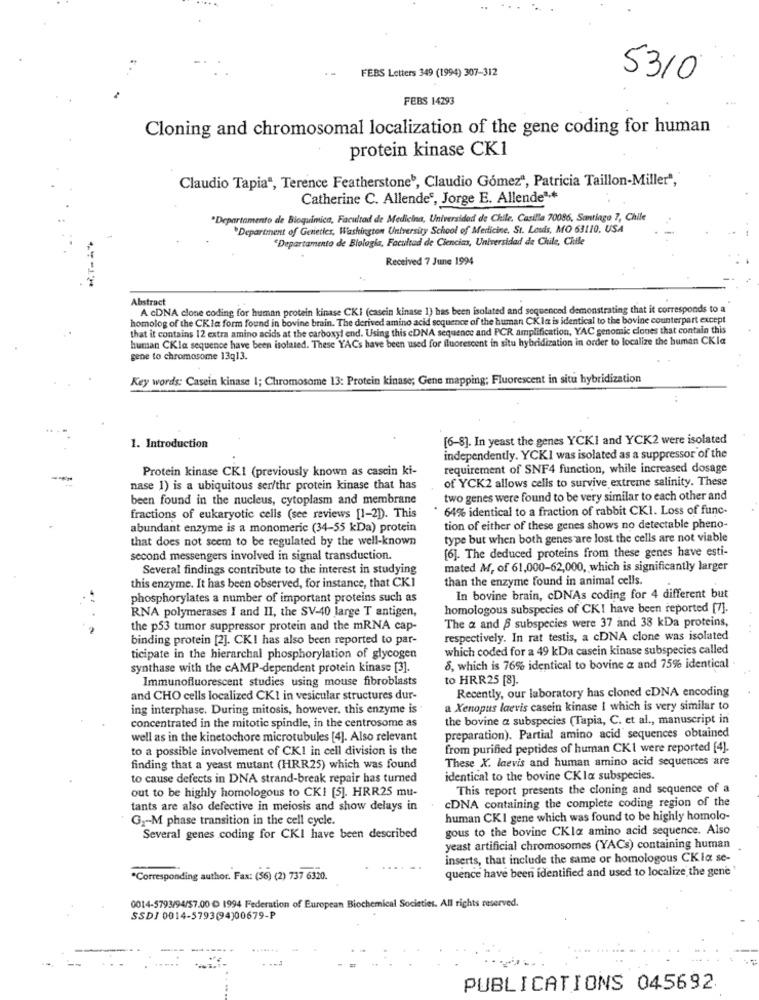
FERS Letters 349 (1994) 307-312
5310
FEBS 14293
Cloning and chromosomal localization of the gene coding for human
protein kinase CK1
Claudio Tapiaª, Terence Featherstoneb, Claudio Gómez", Patricia Taillon-Miller",
Catherine C. Allendes, Jorge E. Allende2.
"Departamento de Bioquimica, Facultad de Medicina, Universidad de Chile. Casilla 70086, Santiago 7, Chile
*Department of Genetics, Washington University School of Medicine. St. Louis, MO 63110, USA
"Departamento de Biologia, Facultad de Ciencias, Universidad de Chile, Chile
Received 7 June 1994
Abstract
A cDNA clone coding for human protein kinase CKI (casein kinase 1) has been isolated and sequenced demonstrating that it corresponds to a
homolog of the CK la form found in bovine brain. The derived amino acid sequence of the human CK la is identical to the bovine counterpart except
that it contains 12 extra amino acids at the carboxyl end. Using this cDNA sequence and PCR amplification, YAC genomic clones that contain this
human CKla sequence have been isolated. These YACs have been used for fluorescent in situ hybridization in order to localize the human CKla
gene to chromosome 13g13.
Key words: Casein kinase 1; Chromosome 13: Protein kinase; Gene mapping; Fluorescent in situ hybridization
[6-8]. In yeast the genes YCKI and YCK2 were isolated
1. Introduction
independently. YCKI was isolated as a suppressor of the
Protein kinase CK1 (previously known as cascin ki-
requirement of SNF4 function, while increased dosage
of YCK2 allows cells to survive extreme salinity. These
nase 1) is a ubiquitous ser/thr protein kinase that has
been found in the nucleus, cytoplasm and membrane
two genes were found to be very similar to each other and
64% identical to a fraction of rabbit CK1. Loss of func-
fractions of eukaryotic cells (see reviews [1-2]). This
abundant enzyme is a monomeric (34-55 kDa) protein
tion of either of these genes shows no detectable pheno-
that does not seem to be regulated by the well-known
type but when both genes are lost the cells are not viable
second messengers involved in signal transduction.
[6]. The deduced proteins from these genes have esti-
Several findings contribute to the interest in studying
mated Af, of 61,000-62,000, which is significantly larger
than the enzyme found in animal cells.
this enzyme. It has been observed, for instance, that CKI
phosphorylates a number of important proteins such as
In bovine brain, cDNAs coding for 4 different but
homologous subspecies of CKI have been reported [7].
RNA polymerases I and II, the SV-40 large T antigen,
the p53 tumor suppressor protein and the mRNA cap-
The a and B subspecies were 37 and 38 kDa proteins,
binding protein [2]. CKI has also been reported to par-
respectively. In rat testis, a cDNA clone was isolated
which coded for a 49 kDa casein kinase subspecies called
ticipate in the hierarchal phosphorylation of glycogen
synthase with the cAMP-dependent protein kinase [3].
8, which is 76% identical to bovine & and 75% identical
Immunofluorescent studies using mouse fibroblasts
to HRR25 [8].
Recently, our laboratory has cloned cDNA encoding
and CHO cells localized CKI in vesicular structures dur-
ing interphase. During mitosis, however, this enzyme is
a Xenopus laevis casein kinase I which is very similar to
concentrated in the mitotic spindle, in the centrosome as
the bovine a subspecies (Tapia, C. et al ., manuscript in
well as in the kinetochore microtubules [4]. Also relevant
preparation). Partial amino acid sequences obtained
to a possible involvement of CKI in cell division is the
from purified peptides of human CKI were reported [4].
These X. laevis and human amino acid sequences are
finding that a yeast mutant (HRR25) which was found
to cause defects in DNA strand-break repair has turned
identical to the bovine CK la subspecies.
out to be highly homologous to CKI [5]. HRR25 mu-
This report presents the cloning and sequence of a
CDNA containing the complete coding region of the
tants are also defective in meiosis and show delays in
G2M phase transition in the cell cycle.
human CKI gene which was found to be highly homolo-
gous to the bovine CKla amino acid sequence. Also
Several genes coding for CKI have been described
yeast artificial chromosomes (YACs) containing human
inserts, that include the same or homologous CK la se-
quence have been identified and used to localize the gene'
*Corresponding author. Fax: (56) (2) 737 6320.
0014-5793/94/57.00 D 1994 Federation of European Biochemical Societies. All rights reserved.
SSD/ 0014-5793(94)00679-P
PUBLICATIONS 045692